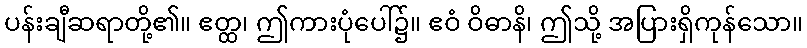
ပန်းချီဆရာတို့၏။ ဧတ္ထ၊ ဤကားပုံပေါ်၌။ ဧဝံ ဝိဓာနိ၊ ဤသို့ အပြားရှိကုန်သော။